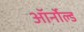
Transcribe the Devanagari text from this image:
ऑर्नोल्ड